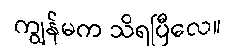
ကျွန်မက သိရပြီလေ။